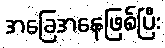
အခြေအနေဖြစ်ပြီး